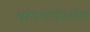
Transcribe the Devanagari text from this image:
बांगलादेशसोबत